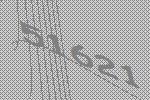
51621